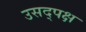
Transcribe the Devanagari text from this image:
उसद्पक्ष